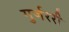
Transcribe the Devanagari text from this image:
गुर्जररी